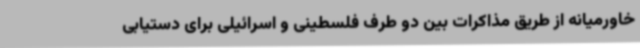
خاورمیانه از طریق مذاکرات بین دو طرف فلسطینی و اسرائیلی برای دستیابی